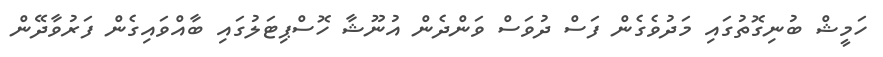
ހަމީޝް ބުނިގޮތުގައި މަދުވެގެން ފަސް ދުވަސް ވަންދެން އުނޫޝާ ހޮސްޕިޓަލުގައި ބާއްވައިގެން ފަރުވާދޭން